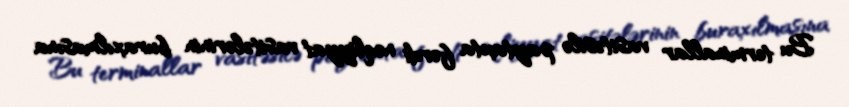
Bu terminallar vasitəsilə paytaxta fərdi nəqliyyat vasitələrinin buraxılmasına